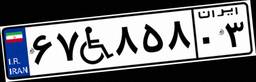
۶۷W۸۵۸۰۳